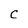
Character: C